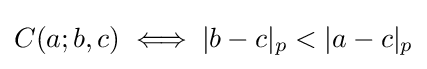
C(a;b,c)\iff |b-c|_{p}<|a-c|_{p}